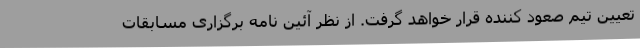
تعیین تیم صعود کننده قرار خواهد گرفت. از نظر آئین نامه برگزاری مسابقات